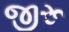
જીરૂ